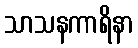
သာသနကာရိနာ